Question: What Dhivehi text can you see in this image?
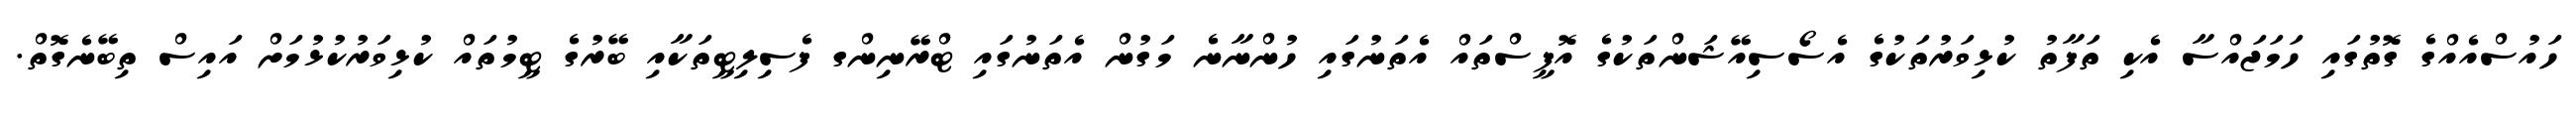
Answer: ހައުސްއެއްގެ ގޮތުގައި ހަމަޖައްސާ އެކި ތަފާތު ކުޅިވަރުތަކުގެ އެސޯސިއޭޝަންތަކުގެ އޮފީސްތައް އެތަނުގައި ހުންނާނެ މަގުން އެތަނުގައި ޓްރޭނިންގ ފެސިލިޓީތަކާއި ބޭރުގެ ޓީމުތައް ކުޅިވަރުކުޅުމަށް އައިސް ތިބޭނެގޮތް.